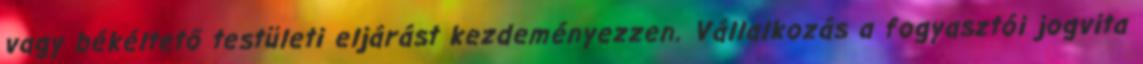
vagy békéltető testületi eljárást kezdeményezzen. Vállalkozás a fogyasztói jogvita